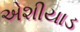
એશીયાડ